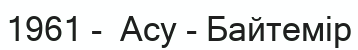
1961 -  Асу - Байтемір